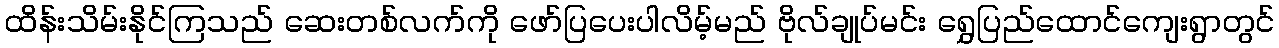
ထိန်းသိမ်းနိုင်ကြသည် ဆေးတစ်လက်ကို ဖော်ပြပေးပါလိမ့်မည် ဗိုလ်ချုပ်မင်း ရွှေပြည်ထောင်ကျေးရွာတွင်